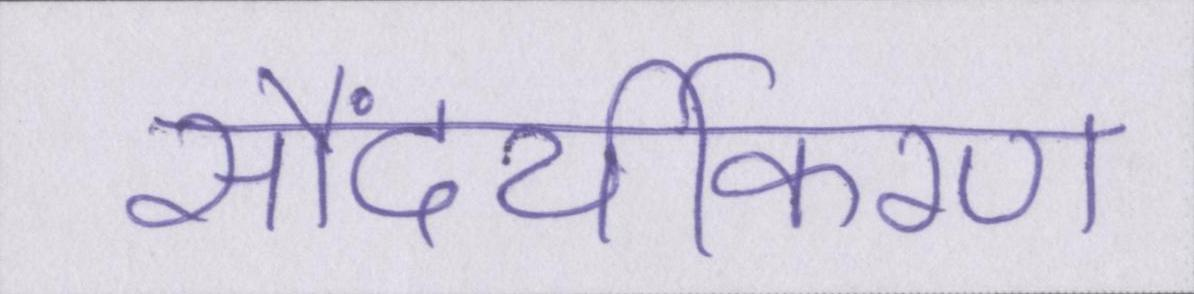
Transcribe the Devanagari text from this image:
सौंदर्यीकरण